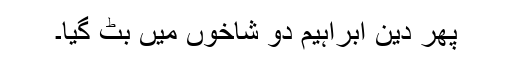
پھر دینِ ابراہیم ؑدو شاخوں میں بٹ گیا۔